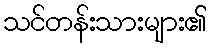
သင်တန်းသားများ၏